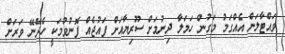
ވައްޓާލަން އެއްގަމު މަގުން ހަމަލާ ދިނުމަށް ސޫރިޔާއަށް ފައުޖެއް ފޮނުވުމަކީ ހެދޭނޭ ވަރަށް